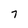
Character: 7